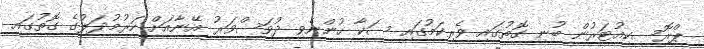
ޕްރޮސިކިއުޓަރުން ބުނި ގޮތުގައި ވެރިކަމުގައި ސަކާ ހުންނެވި ދުވަސްވަރު އޭނާއަށް ހަރުމުދަލުގެ ގޮތުގައި